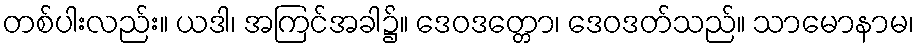
တစ်ပါးလည်း။ ယဒါ၊ အကြင်အခါ၌။ ဒေဝဒတ္တော၊ ဒေဝဒတ်သည်။ သာမောနာမ၊